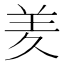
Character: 羑